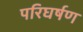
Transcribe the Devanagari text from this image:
परिघर्षण